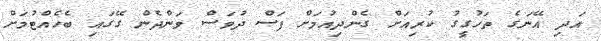
އަދި އޭނަގެ ތަހުގީގު ކުރިއަށް ގެންދިއުމަށް ފަސް ދުވަސް ވަންދެން ގޭގައި ބެހެއްޓުމަށް